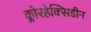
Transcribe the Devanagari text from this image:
क्लोरहेक्सिडीन